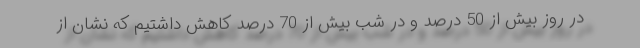
در روز بیش از 50 درصد و در شب بیش از 70 درصد کاهش داشتیم که نشان از